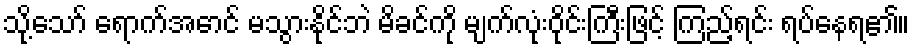
သို့သော် ရောက်အောင် မသွားနိုင်ဘဲ မိခင်ကို မျက်လုံးဝိုင်းကြီးဖြင့် ကြည့်ရင်း ရပ်နေရ၏။